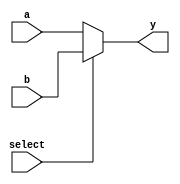
module MUX2x1_4Bits (
  input wire [3:0] a,
  input wire [3:0] b,
  input wire select,
  output reg [3:0] y
);

  always @(select) begin
    // 2x1 MUX logic
    if (select == 0)
      y = a;
    else
      y = b;
  end

endmodule